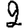
Digit: 2